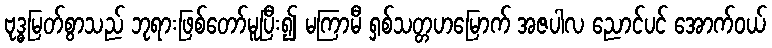
ဗုဒ္ဓမြတ်စွာသည် ဘုရားဖြစ်တော်မူပြီး၍ မကြာမီ ရှစ်သတ္တဟမြောက် အဇပါလ ညောင်ပင် အောက်ဝယ်